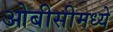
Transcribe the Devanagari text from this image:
ओबीसीमध्ये